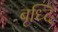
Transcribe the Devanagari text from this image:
बृध्दि